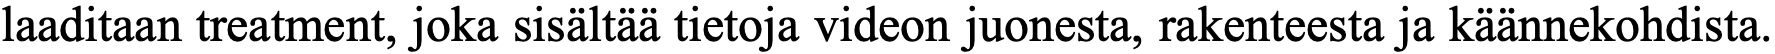
laaditaan treatment, joka sisältää tietoja videon juonesta, rakenteesta ja käännekohdista.